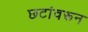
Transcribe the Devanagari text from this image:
छटांवरून